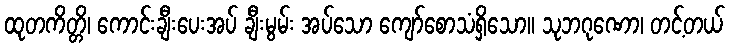
ထုတကိတ္တိ၊ ကောင်းချီးပေးအပ် ချီးမွမ်း အပ်သော ကျော်စောသံရှိသော။ သုဘဂုဏော၊ တင့်တယ်